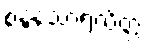
စန္ဒနသာရလိတ္တံ